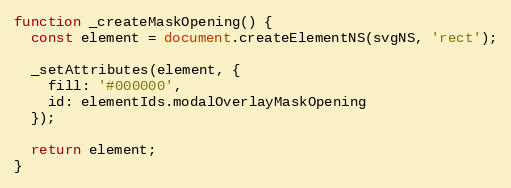
Language: JavaScript
function _createMaskOpening() {
  const element = document.createElementNS(svgNS, 'rect');

  _setAttributes(element, {
    fill: '#000000',
    id: elementIds.modalOverlayMaskOpening
  });

  return element;
}